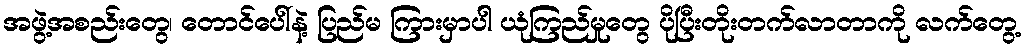
အဖွဲ့အစည်းတွေ၊ တောင်ပေါ်နဲ့ ပြည်မ ကြားမှာပါ ယုံကြည်မှုတွေ ပိုပြီးတိုးတက်လာတာကို လက်တွေ့